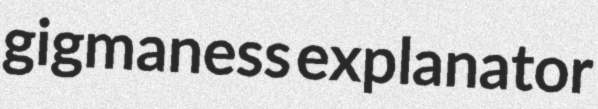
gigmaness explanator